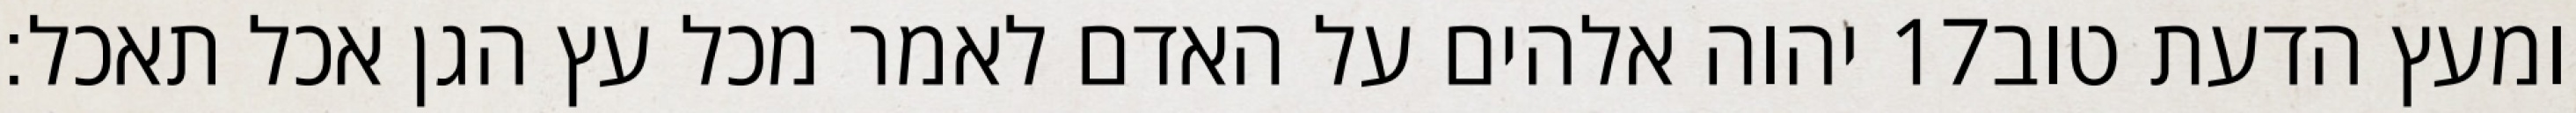
יהוה אלהים על האדם לאמר מכל עץ הגן אכל תאכל׃ ‎17‏ ומעץ הדעת טוב